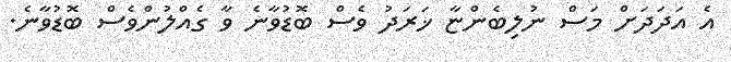
އެ އަދަދަށް މަސް ނުލިބެންޏާ ޚަރަދު ވެސް ބޮޑުވާނެ ވާ ގެއްލުންވެސް ބޮޑުވާނެ.